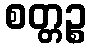
စတ္တဉ္စ